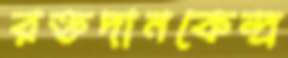
রক্তদানকেন্দ্র